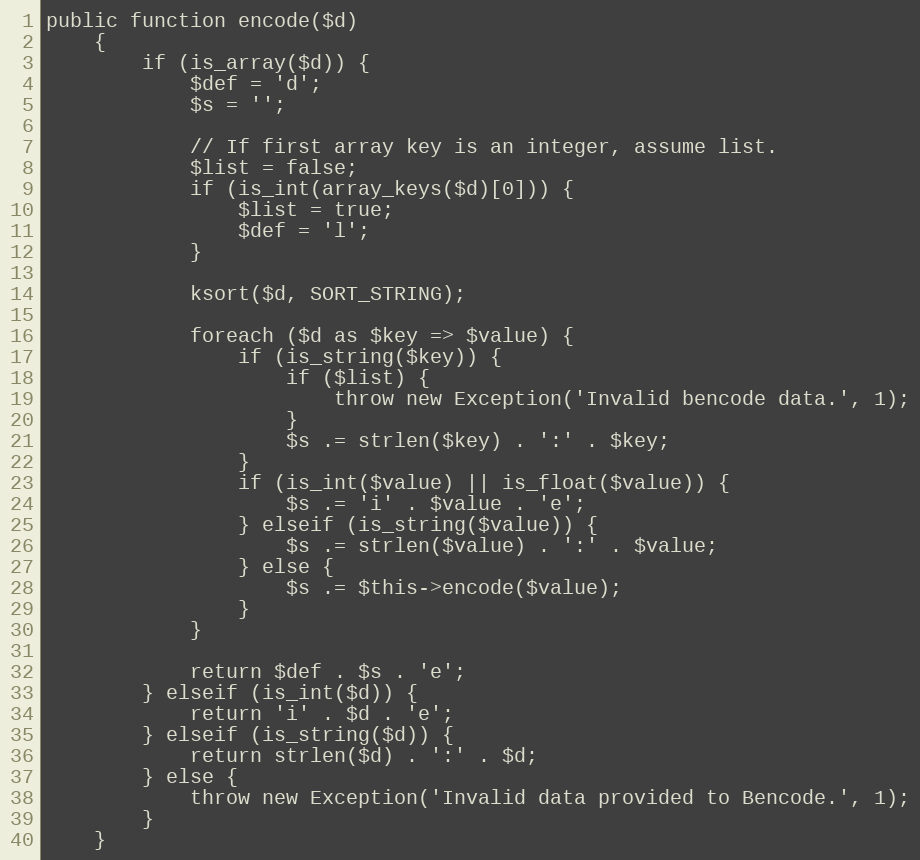
Language: PHP
public function encode($d)
	{
		if (is_array($d)) {
			$def = 'd';
			$s = '';

			// If first array key is an integer, assume list.
			$list = false;
			if (is_int(array_keys($d)[0])) {
				$list = true;
				$def = 'l';
			}

			ksort($d, SORT_STRING);

			foreach ($d as $key => $value) {
				if (is_string($key)) {
					if ($list) {
						throw new Exception('Invalid bencode data.', 1);
					}
					$s .= strlen($key) . ':' . $key;
				}
				if (is_int($value) || is_float($value)) {
					$s .= 'i' . $value . 'e';
				} elseif (is_string($value)) {
					$s .= strlen($value) . ':' . $value;
				} else {
					$s .= $this->encode($value);
				}
			}

			return $def . $s . 'e';
		} elseif (is_int($d)) {
			return 'i' . $d . 'e';
		} elseif (is_string($d)) {
			return strlen($d) . ':' . $d;
		} else {
			throw new Exception('Invalid data provided to Bencode.', 1);
		}
	}